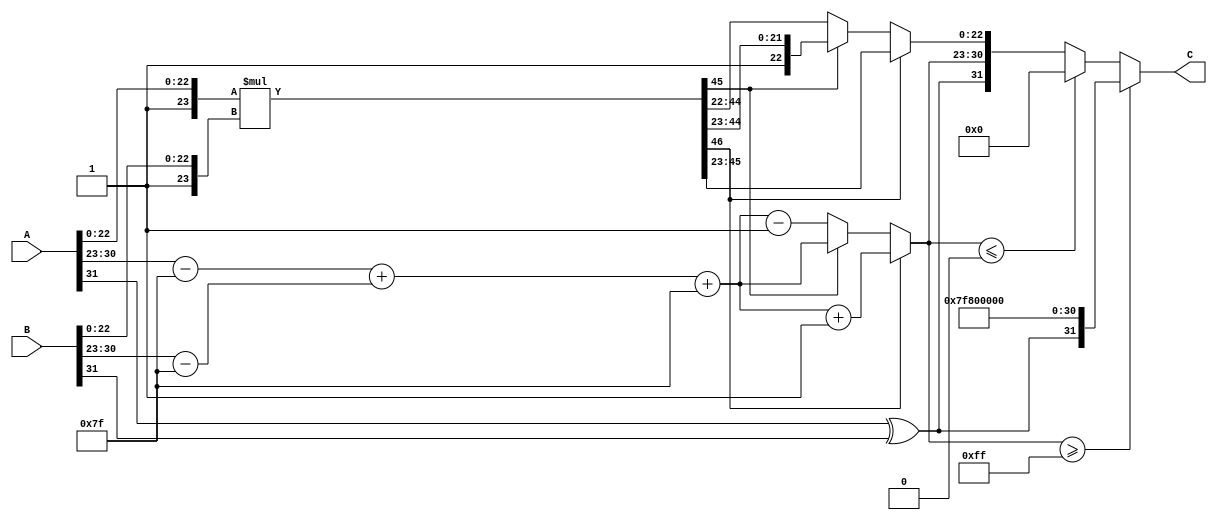
module floating_point_multiplier (
    input  wire [31:0] A, // First floating-point number
    input  wire [31:0] B, // Second floating-point number
    output reg  [31:0] C  // Result of multiplication
);

    // Constants
    localparam BIAS = 8'd127;
    localparam EXP_BITS = 8;
    localparam MANT_BITS = 23;

    // Intermediate signals
    wire signA, signB;
    wire [EXP_BITS-1:0] expA, expB;
    wire [MANT_BITS-1:0] mantA, mantB;
    wire [EXP_BITS-1:0] exp_result;
    wire [MANT_BITS+1:0] mantA_norm, mantB_norm;
    wire [MANT_BITS+MANT_BITS+1:0] mant_result;
    reg [EXP_BITS-1:0] exp_final;
    reg sign_result;
    reg [MANT_BITS-1:0] mant_final;

    // Extract sign, exponent, and mantissa
    assign signA = A[31];
    assign signB = B[31];
    assign expA = A[30:23];
    assign expB = B[30:23];
    assign mantA = A[22:0];
    assign mantB = B[22:0];

    // Normalize mantissas (add implicit leading 1)
    assign mantA_norm = {1'b1, mantA}; // 24 bits
    assign mantB_norm = {1'b1, mantB}; // 24 bits

    // Multiply mantissas
    assign mant_result = mantA_norm * mantB_norm;

    // Determine the sign of the result
    assign sign_result = signA ^ signB;

    // Calculate the exponent
    wire [7:0] expA_adjusted = expA - BIAS;
    wire [7:0] expB_adjusted = expB - BIAS;
    wire [7:0] exp_sum = expA_adjusted + expB_adjusted;
    assign exp_result = exp_sum + BIAS;

    // Handle normalization and rounding
    always @(*) begin
        if (mant_result[MANT_BITS + MANT_BITS] == 1) begin
            // Result is greater than or equal to 2
            mant_final = mant_result[MANT_BITS + MANT_BITS - 1:MANT_BITS]; // Shift right
            exp_final = exp_result + 1;
        end else if (mant_result[MANT_BITS + MANT_BITS - 1] == 0) begin
            // Result is less than 1
            mant_final = mant_result[MANT_BITS + MANT_BITS - 2:MANT_BITS - 1]; // Shift left
            exp_final = exp_result - 1;
        end else begin
            mant_final = mant_result[MANT_BITS + MANT_BITS - 1:MANT_BITS]; // Normal case
            exp_final = exp_result;
        end

        // Handle special cases
        if (exp_final >= 8'd255) begin
            // Overflow to infinity
            C = {sign_result, 8'b11111111, 23'b0};
        end else if (exp_final <= 8'd0) begin
            // Underflow to zero
            C = 32'b0;
        end else begin
            // Normal case
            C = {sign_result, exp_final[EXP_BITS-1:0], mant_final[MANT_BITS-1:0]};
        end
    end

endmodule